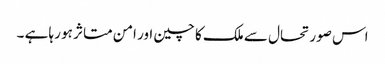
اس صورتحال سے ملک کا چین اور امن متاثر ہو رہا ہے ۔